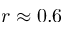
r \approx 0 . 6